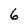
Character: 6